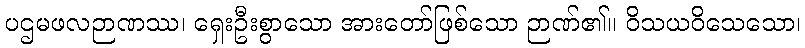
ပဌမဖလဉာဏဿ၊ ရှေးဦးစွာသော အားတော်ဖြစ်သော ဉာဏ်၏။ ဝိသယဝိသေသော၊